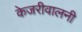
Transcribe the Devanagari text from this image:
केजरीवालनी